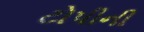
ટોપીની